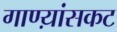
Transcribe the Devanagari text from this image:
गाण्य़ांसकट